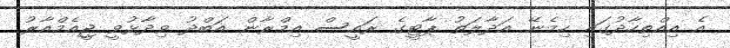
އެ އިއްތިހާދުގައި ހިމެނޭ އަދާލަތު ޕާޓީގެ ރައީސް އިމްރާން އަބްދު ވިދާޅުވީ ޖީއެމްއާރު